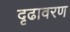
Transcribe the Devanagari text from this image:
दृढावरण